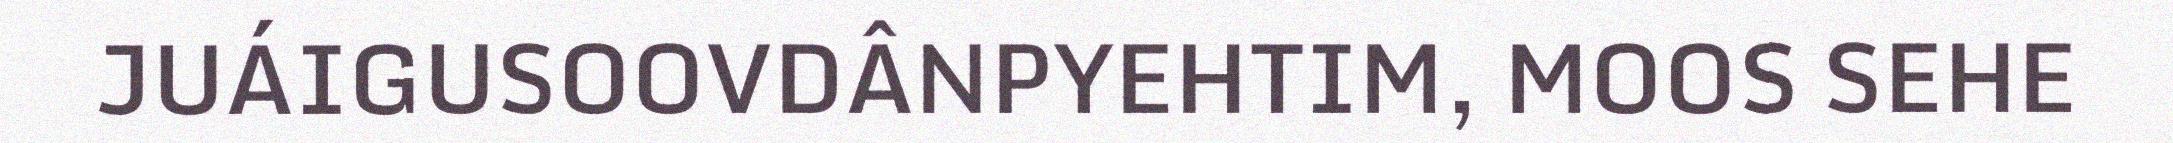
JUÁIGUSOOVDÂNPYEHTIM, MOOS SEHE